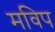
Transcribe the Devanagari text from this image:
मविप